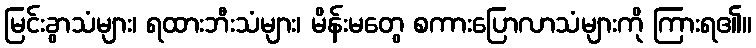
မြင်းခွာသံများ၊ ရထားဘီးသံများ၊ မိန်းမတွေ စကားပြောလာသံများကို ကြားရ၏။